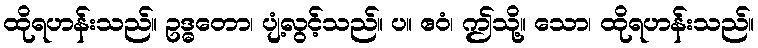
ထိုရဟန်းသည်။ ဥဒ္ဓတော၊ ပျံ့လွင့်သည်။ ပ။ ဧဝံ၊ ဤသို့။ သော၊ ထိုရဟန်းသည်။